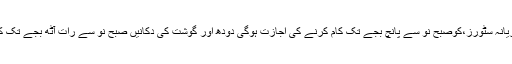
پرچون اور کریانہ سٹورز،کوصبح نو سے پانچ بجے تک کام کرنے کی اجازت ہوگی دودھ اور گوشت کی دکانیں صبح نو سے رات آٹھ بجے تک کھلی رہیں گی۔